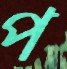
প